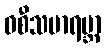
ဝစီသမာရမ္ဘာ